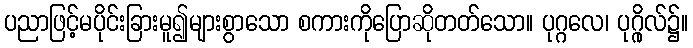
ပညာဖြင့်မပိုင်းခြားမူ၍များစွာသော စကားကိုပြောဆိုတတ်သော။ ပုဂ္ဂလေ၊ ပုဂ္ဂိုလ်၌။